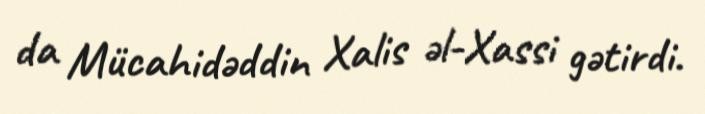
da Mücahidəddin Xalis əl-Xassi gətirdi.